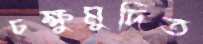
চক্ষুমুদিত